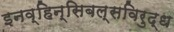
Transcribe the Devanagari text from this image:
इनव्हिन्सिबल्सविरुद्ध